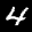
Label: 4